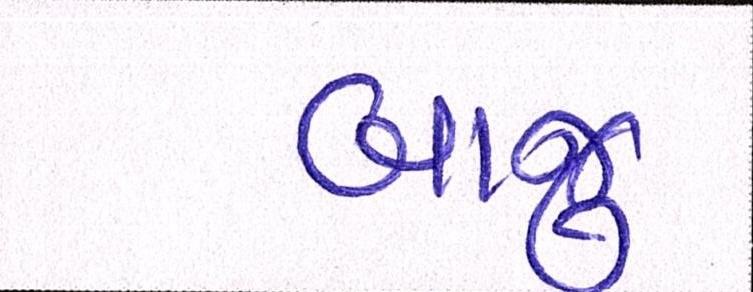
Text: બાજુ